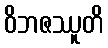
ဝိဘဇဿူတိ